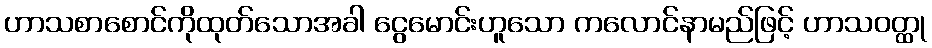
ဟာသစာစောင်ကိုထုတ်သောအခါ ငွေမောင်းဟူသော ကလောင်နာမည်ဖြင့် ဟာသဝတ္ထု